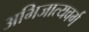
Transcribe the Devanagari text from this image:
अभिजात्यवर्ग